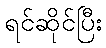
ရင်ဆိုင်ပြီး